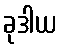
ခုဒါယ